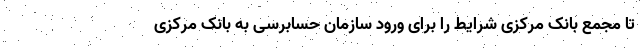
تا مجمع بانک مرکزی شرایط را برای ورود سازمان حسابرسی به بانک مرکزی